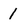
Character: 1